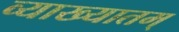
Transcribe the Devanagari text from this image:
व्याख्यातम्